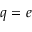
q = e